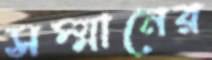
সম্মানের